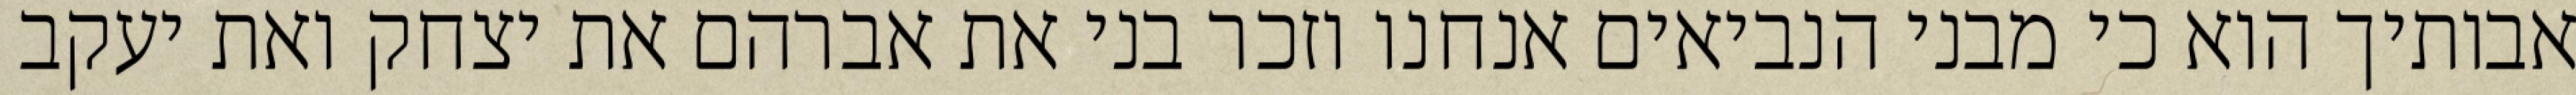
אבותיך הוא כי מבני הנביאים אנחנו וזכר בני את אברהם את יצחק ואת יעקב